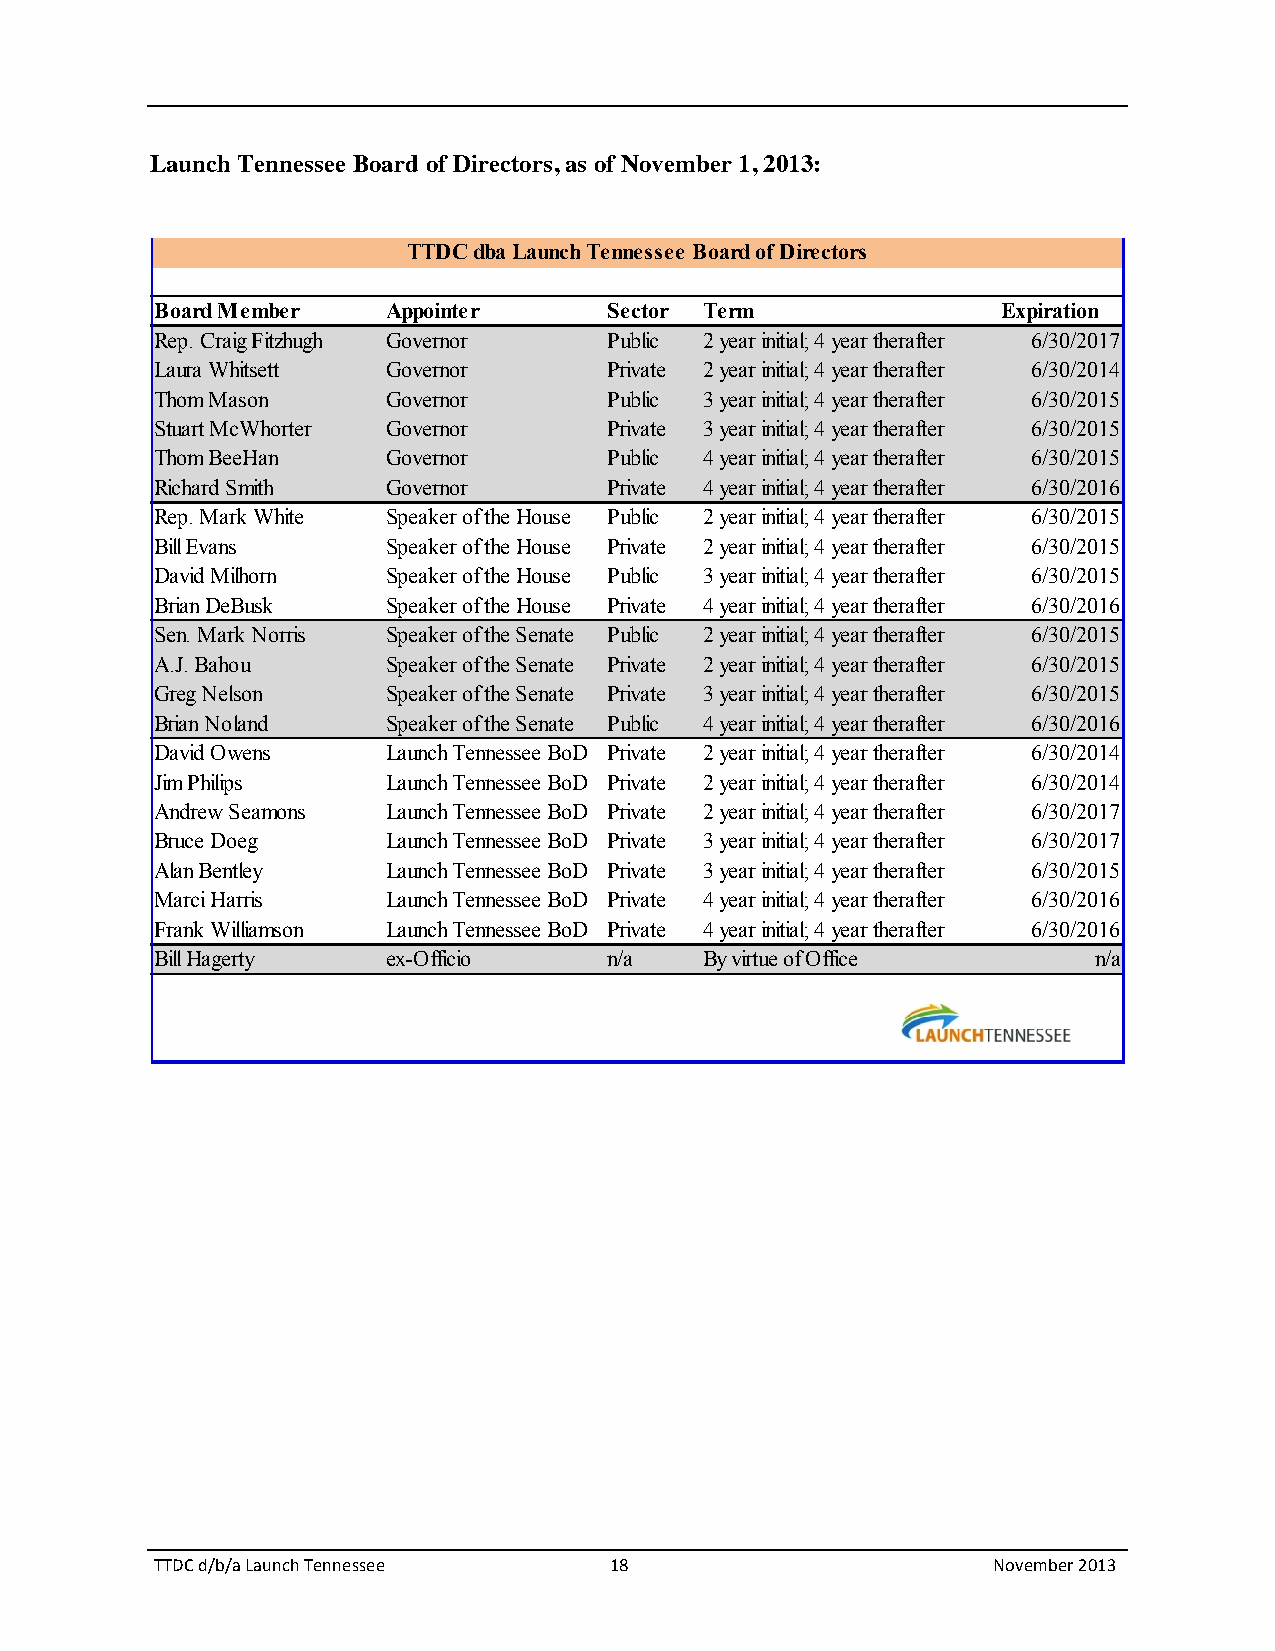
Launch Tennessee Board of Directors, as of November 1, 2013:
 TTDC dba Launch Tennessee Board of Directors
 Board Member    Appointer     Sector Term               Expiration
 Rep. Craig Fitzhugh Governor  Public 2 year initial; 4 year therafter 6/30/2017
 Laura Whitsett  Governor      Private 2 year initial; 4 year therafter 6/30/2014
 Thom Mason      Governor      Public 3 year initial; 4 year therafter 6/30/2015
 Stuart McWhorter Governor     Private 3 year initial; 4 year therafter 6/30/2015
 Thom BeeHan     Governor      Public 4 year initial; 4 year therafter 6/30/2015
 Richard Smith   Governor      Private 4 year initial; 4 year therafter 6/30/2016
 Rep. Mark White Speaker of the House Public 2 year initial; 4 year therafter 6/30/2015
 Bill Evans      Speaker of the House Private 2 year initial; 4 year therafter 6/30/2015
 David Milhorn   Speaker of the House Public 3 year initial; 4 year therafter 6/30/2015
 Brian DeBusk    Speaker of the House Private 4 year initial; 4 year therafter 6/30/2016
 Sen. Mark Norris Speaker of the Senate Public 2 year initial; 4 year therafter 6/30/2015
 A.J. Bahou      Speaker of the Senate Private 2 year initial; 4 year therafter 6/30/2015
 Greg Nelson     Speaker of the Senate Private 3 year initial; 4 year therafter 6/30/2015
 Brian Noland    Speaker of the Senate Public 4 year initial; 4 year therafter 6/30/2016
 David Owens     Launch Tennessee BoD Private 2 year initial; 4 year therafter 6/30/2014
 Jim Philips     Launch Tennessee BoD Private 2 year initial; 4 year therafter 6/30/2014
 Andrew Seamons  Launch Tennessee BoD Private 2 year initial; 4 year therafter 6/30/2017
 Bruce Doeg      Launch Tennessee BoD Private 3 year initial; 4 year therafter 6/30/2017
 Alan Bentley    Launch Tennessee BoD Private 3 year initial; 4 year therafter 6/30/2015
 Marci Harris    Launch Tennessee BoD Private 4 year initial; 4 year therafter 6/30/2016
 Frank Williamson Launch Tennessee BoD Private 4 year initial; 4 year therafter 6/30/2016
 Bill Hagerty    ex-Officio    n/a    By virtue of Office       n/a
 TTDC d/b/a Launch Tennessee   18                        November 2013